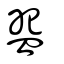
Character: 盌